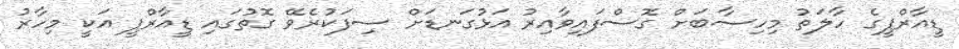
ޑީއާރްޕީގެ ހާލަތު މިހިސާބަށް ގޮސްފައިވާއިރު އަޅުގަނޑަށް ސިފަކުރެވޭ ގޮތުގައި ޑީއާރްޕީ އަކީ މިހާރު